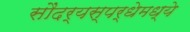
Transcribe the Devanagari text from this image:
सौंदर्यस्पर्धेमध्ये